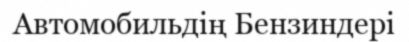
Автомобильдің Бензиндері